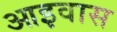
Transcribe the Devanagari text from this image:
आइवास